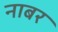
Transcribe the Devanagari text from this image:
नाबर